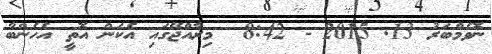
ނޮވެމްބަރު 13